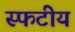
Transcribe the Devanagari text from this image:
स्फटीय